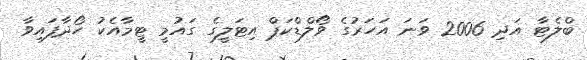
ބްލެޓާ އަދި 2006 ވަނަ އަހަރުގެ ވޯލްޑްކަޕް އިޓަލީގެ ގައުމީ ޓީމާއެކު ހޯދާފައިވާ